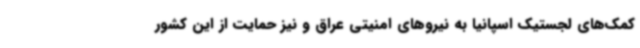
کمک‌های لجستیک اسپانیا به نیروهای امنیتی عراق و نیز حمایت از این کشور